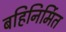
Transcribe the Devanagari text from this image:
बहिनिर्मित